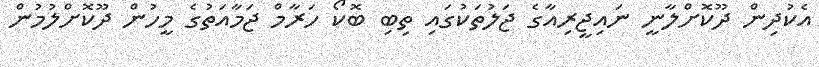
އެކުދިން ދޫކޮށްލާނީ ނައިޖީރިއާގެ ޖަލުތަކުގައި ތިބި ބޮކޯ ހަރާމް ޖަމާއަތުގެ މީހުން ދޫކޮށްލުމުން